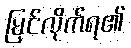
မြင်လိုက်ရ၏